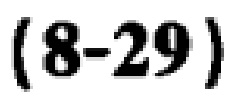
\((8 - 29)\)